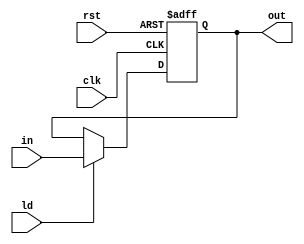
`timescale 1ns/1ns//changed
module PC (clk,rst,ld,in,out);
    input clk,rst,ld;
    input [11:0]in;//12 bit
    output reg [11:0]out;// 12 bit

    always @(posedge clk, posedge rst) begin
        if(rst==1'b1)begin
            out=12'd0;
        end
        else if(ld==1'b1)begin
             out=in;
        end
    end
endmodule